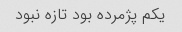
یکم پژمرده بود تازه نبود